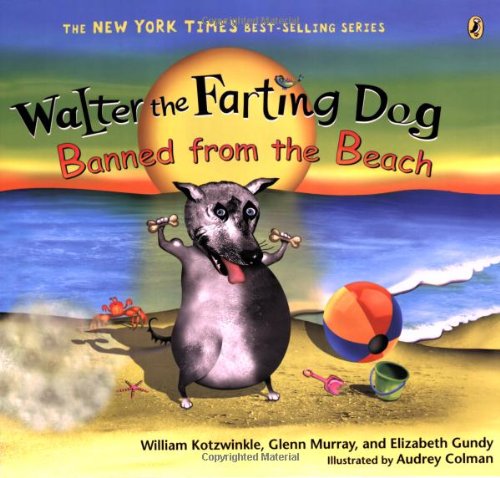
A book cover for Walter the Farting Dog: Banned from the Beach; William Kotzwinkle; Children's Books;